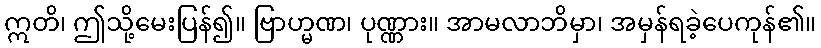
ဣတိ၊ ဤသို့မေးပြန်၍။ ဗြာဟ္မဏ၊ ပုဏ္ဏား။ အာမလာဘိမှာ၊ အမှန်ရခဲ့ပေကုန်၏။